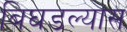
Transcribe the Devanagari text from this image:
बिघडल्यास